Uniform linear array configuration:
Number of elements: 32
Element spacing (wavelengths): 0.5
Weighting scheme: blackman
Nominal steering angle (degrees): -15
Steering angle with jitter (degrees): -16.3
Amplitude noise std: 0.05
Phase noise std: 0.05

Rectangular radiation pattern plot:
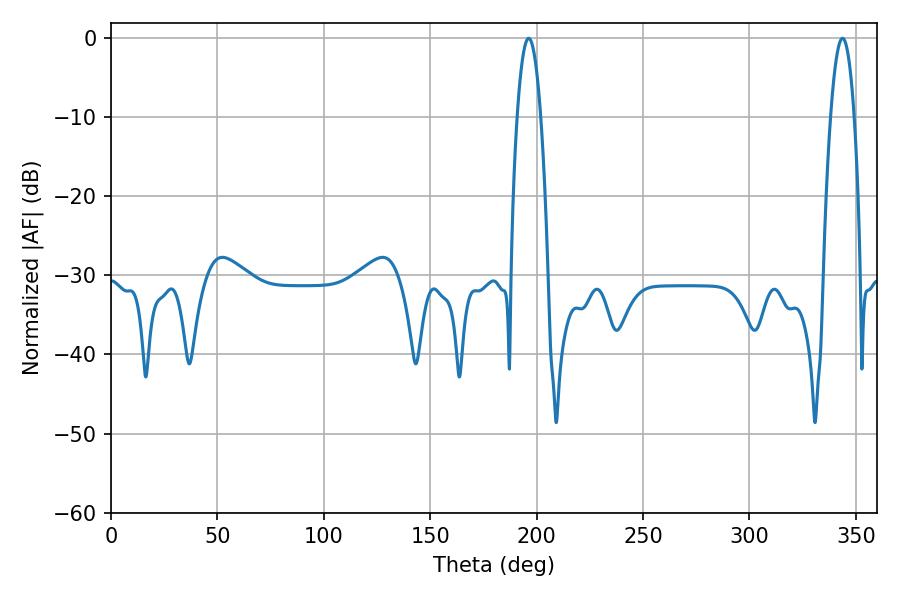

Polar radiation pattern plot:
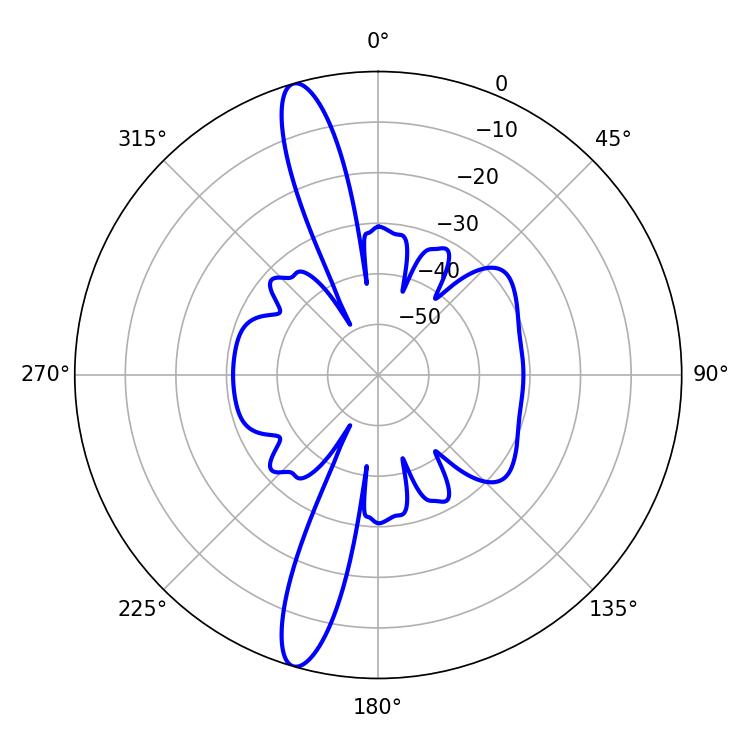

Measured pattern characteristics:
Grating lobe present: FALSE
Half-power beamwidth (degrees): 5.94
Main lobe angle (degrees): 196.2